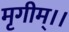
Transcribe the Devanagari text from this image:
मृगीम्।।